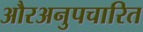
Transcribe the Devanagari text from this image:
औरअनुपचारित